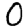
Digit: 0